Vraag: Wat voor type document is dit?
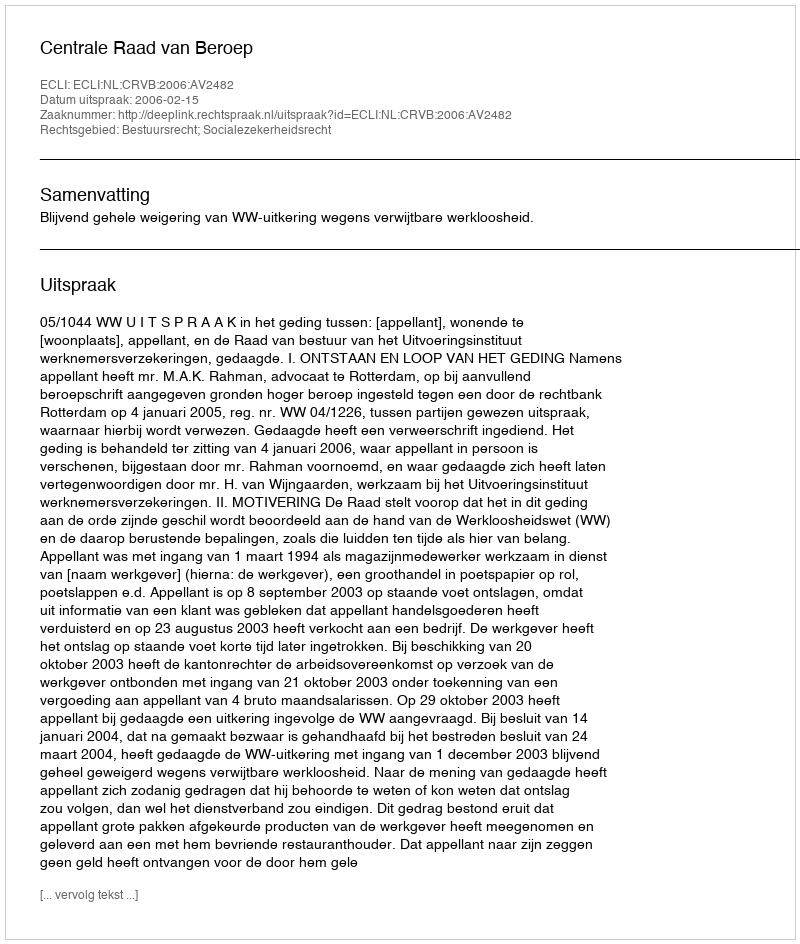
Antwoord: Uitspraak